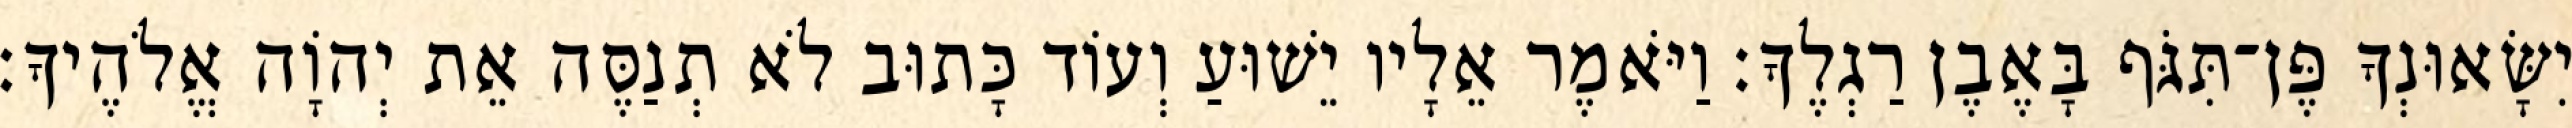
יִשָּׂאוּנְךָ פֶּן־תִּגֹּף בָּאֶבֶן רַגְלֶךָ׃ וַיֹּאמֶר אֵלָיו יֵשׁוּעַ וְעוֹד כָּתוּב לֹא תְנַסֶּה אֵת יְהוָֹה אֱלֹהֶיךָ׃